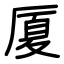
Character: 厦